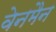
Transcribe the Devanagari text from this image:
वेनमैन